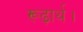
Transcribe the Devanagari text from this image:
रूढ़ार्थ।